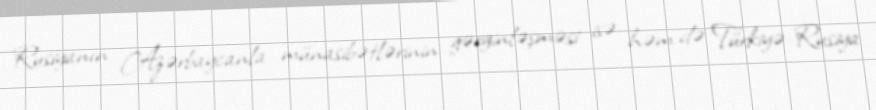
Rusiyanın Azərbaycanla münasibətlərinin gərginləşməsi isə həm də Türkiyə-Rusiya